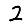
Digit: 2